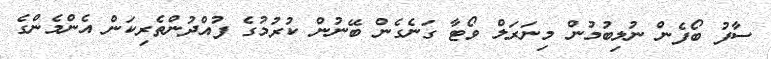
ސާފު ބޯފެން ނުލިބުމުން މިނަރަލް ވޯޓާ ގަނެގެން ބޭނުން ކުރުމުގެ ފުއްދުންތެރިކަން އެންމެންގެ